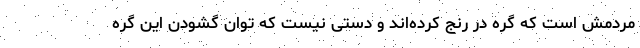
مردمش است که گره در رنج کرده‌اند و دستی نیست که توان گشودن این گره